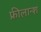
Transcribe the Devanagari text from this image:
फ्रीलान्श